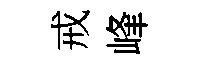
戒峰